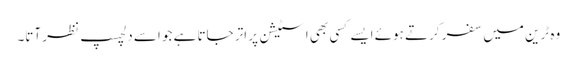
وہ ٹرین میں سفر کرتے ہوئے ایسے کسی بھی اسٹیشن پر اتر جاتا ہے جو اسے دلچسپ نظر آتا۔